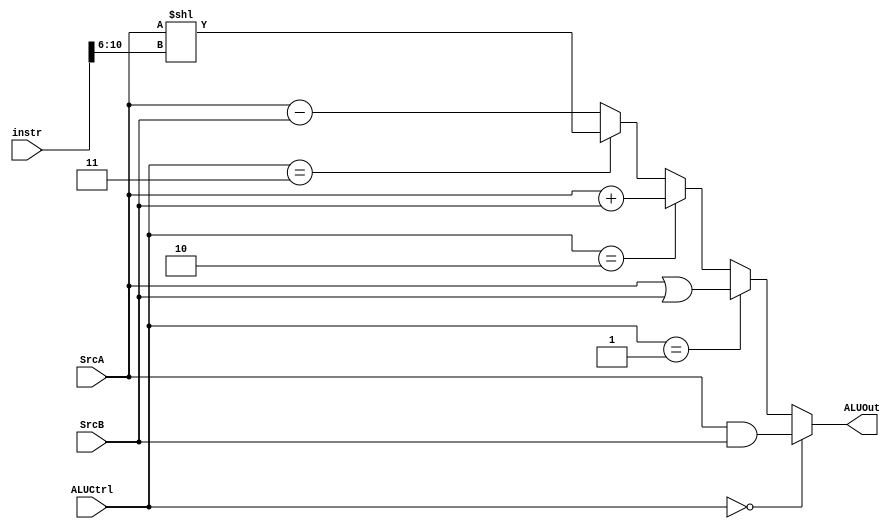
`timescale 1ns / 1ps
//////////////////////////////////////////////////////////////////////////////////
// Company: 
// Engineer: 
// 
// Design Name: 
// Module Name:    ALU 
// Project Name: 
// Target Devices: 
// Tool versions: 
// Description: 
//
// Dependencies: 
//
// Revision: 
// Revision 0.01 - File Created
// Additional Comments: 
//
//////////////////////////////////////////////////////////////////////////////////
module ALU(
	input [2:0] ALUCtrl,
	input [31:0] instr,
	input [31:0] SrcA,
	input [31:0] SrcB,
	output reg [31:0] ALUOut
    );
	 
	reg [31:0] and_,or_,add,sub,sll;
	reg [4:0] shift;
	
	always@(*)begin
		shift=instr[10:6];
		
		and_=SrcA&SrcB;
		or_ =SrcA|SrcB;
		add =SrcA+SrcB;
		sub =SrcA-SrcB;
		sll =SrcA<<shift;
		
		ALUOut=(ALUCtrl==0)?and_:
				 (ALUCtrl==1)?or_:
				 (ALUCtrl==2)?add:
				 (ALUCtrl==3)?sll:sub;
	end
				  
endmodule